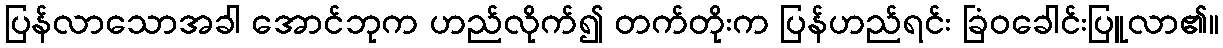
ပြန်လာသောအခါ အောင်ဘုက ဟည်လိုက်၍ တက်တိုးက ပြန်ဟည်ရင်း ခြံဝခေါင်းပြူလာ၏။